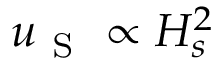
u _ { \mathrm { ~ S ~ } } \propto H _ { s } ^ { 2 }